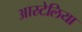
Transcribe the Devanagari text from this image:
आस्र्टेलिया